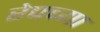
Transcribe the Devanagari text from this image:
रेपच्या